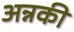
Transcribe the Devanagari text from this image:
अन्नकी